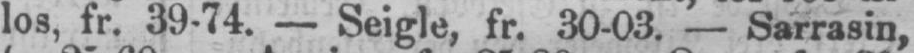
los, fr. 39-74. - Seigle, fr. 30-03. - Sarrasin,